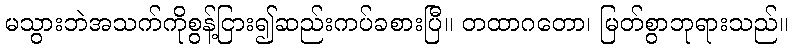
မသွားဘဲအသက်ကိုစွန့်ငြား၍ဆည်းကပ်ခစားပြီ။ တထာဂတော၊ မြတ်စွာဘုရားသည်။